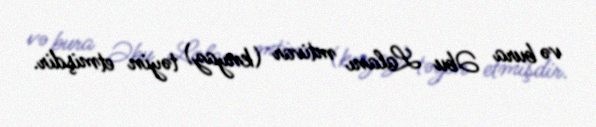
və bura Əbu Lalanı mtivar (knyaz) təyin etmişdir.